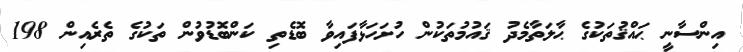
އިންސާނީ ޙައްޤުތަކުގެ ޙާލަތާމެދު ޤައުމުތަކުން ހުށަހަޅާފައިވާ ބޮޑެތި ކަންބޮޑުވުން ތަކުގެ ތެރެއިން 198